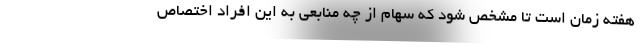
هفته زمان است تا مشخص شود که سهام از چه منابعی به این افراد اختصاص